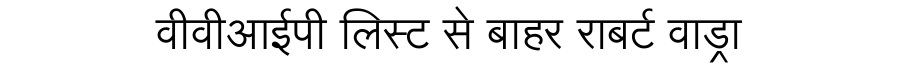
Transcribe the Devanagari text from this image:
वीवीआईपी लिस्ट से बाहर राबर्ट वाड्रा